Annual administration report of the Civil Veterinary Department, Ajmere-Merwara, British Rajputana - 1914-1940
Year: 1914
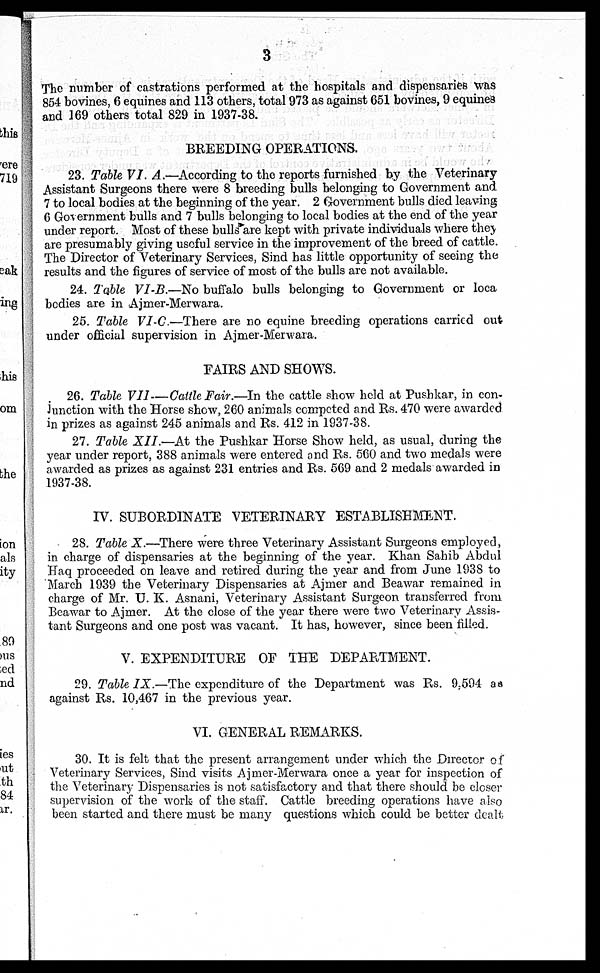
3
The number of castrations performed at the hospitals and dispensaries was
854 bovines, 6 equines and 113 others, total 973 as against 651 bovines, 9 equines
and 169 others total 829 in 1937-38.
BREEDING OPERATIONS.
23. Table VI. A.—According to the reports furnished by the Veterinary
Assistant Surgeons there were 8 breeding bulls belonging to Government and
7 to local bodies at the beginning of the year. 2 Government bulls died leaving
6 Government bulls and 7 bulls belonging to local bodies at the end of the year
under report. Most of these bulls are kept with private individuals where they
are presumably giving useful service in the improvement of the breed of cattle.
The Director of Veterinary Services, Sind has little opportunity of seeing the
results and the figures of service of most of the bulls are not available.
24. Table VI-B.—No buffalo bulls belonging to Government or loca
bodies are in Ajmer-Merwara.
25. Table VI-C.—There are no equine breeding operations carried out
under official supervision in Ajmer-Merwara.
FAIRS AND SHOWS.
26. Table VII—Cattle Fair.—In the cattle show held at Pushkar, in con-
junction with the Horse show, 260 animals competed and Rs. 470 were awarded
in prizes as against 245 animals and Rs. 412 in 1937-38.
27. Table XII.—At the Pushkar Horse Show held, as usual, during the
year under report, 388 animals were entered and Rs. 560 and two medals were
awarded as prizes as against 231 entries and Rs. 569 and 2 medals awarded in
1937-38.
IV. SUBORDINATE VETERINARY ESTABLISHMENT.
28. Table X.—There were three Veterinary Assistant Surgeons employed,
in charge of dispensaries at the beginning of the year. Khan Sahib Abdul
Haq proceeded on leave and retired during the year and from June 1938 to
March 1939 the Veterinary Dispensaries at Ajmer and Beawar remained in
charge of Mr. U. K. Asnani, Veterinary Assistant Surgeon transferred from
Beawar to Ajmer. At the close of the year there were two Veterinary Assis-
tant Surgeons and one post was vacant. It has, however, since been filled.
V. EXPENDITURE OF THE DEPARTMENT.
29. Table IX.—The expenditure of the Department was Rs. 9,594 as
against Rs. 10,467 in the previous year.
VI. GENERAL REMARKS.
30. It is felt that the present arrangement under which the Director of
Veterinary Services, Sind visits Ajmer-Merwara once a year for inspection of
the Veterinary Dispensaries is not satisfactory and that there should be closer
supervision of the work of the staff. Cattle breeding operations have also
been started and there must be many questions which could be better dealt.